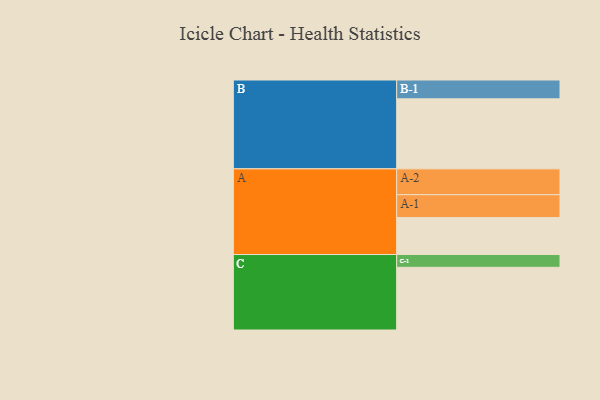
{"axis": {"x": "Segment", "y": "Value"}, "legend": ["", "A", "B", "C"], "data": [{"x": "A", "y": 312, "type": ""}, {"x": "B", "y": 591, "type": ""}, {"x": "C", "y": 529, "type": ""}, {"x": "A-1", "y": 193, "type": "A"}, {"x": "A-2", "y": 218, "type": "A"}, {"x": "B-1", "y": 159, "type": "B"}, {"x": "C-1", "y": 108, "type": "C"}]}